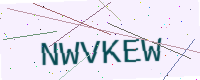
Text: NWVKEW